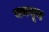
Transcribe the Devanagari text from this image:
बनबून